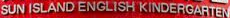
SUN ISLAND ENGLISH KINDERGARTEN